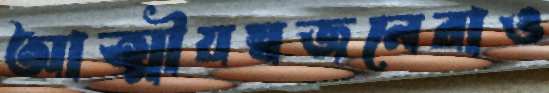
আত্মীয়স্বজনেরাও